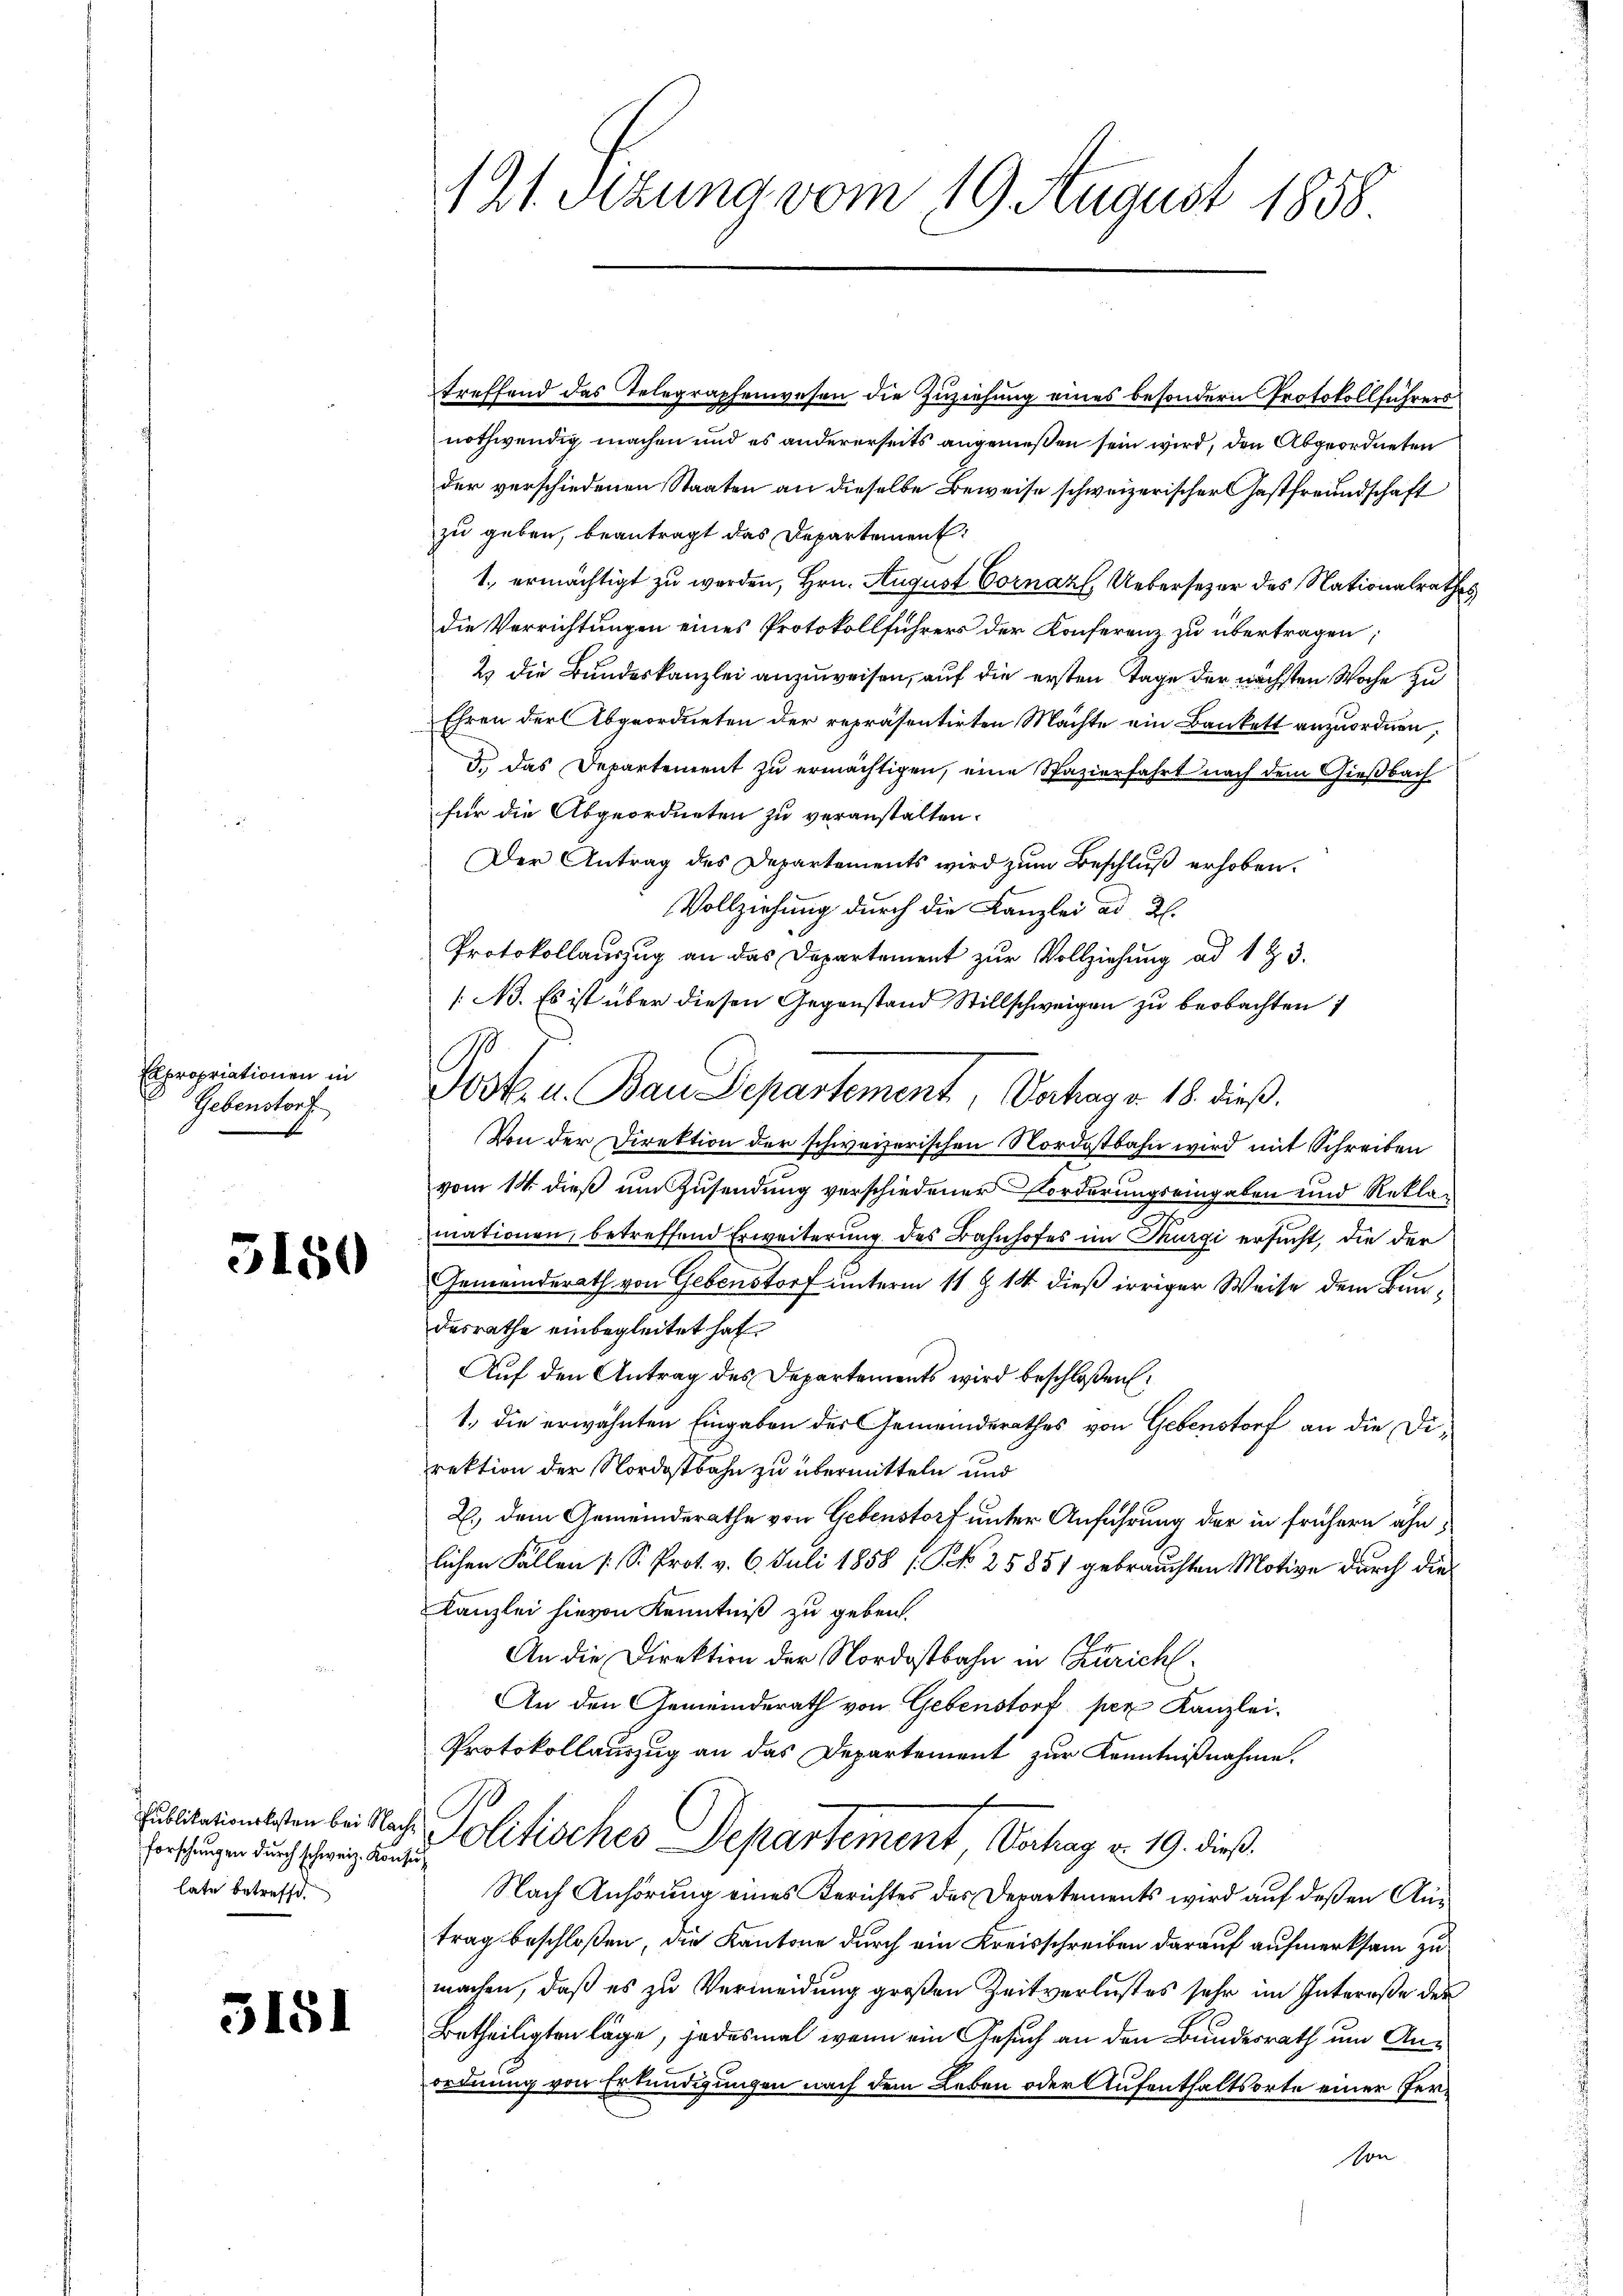
Expropriationen in
Gebenstorf

5150

forschungen durch schweiz. Konsu
late betreffe.

3181

121. Sizung vom 19. August 1858

treffend das Telegraphenwesen die Zuziehung eines besondern Protokollführers
nothwendig machen und es andererseits angemeßen sein wird, den Abgeordneten
der verschiedenen Staaten an dieselbe Beweise schweizerischer Gastfreundschaft
zu geben, beantragt das Departement
1. ermächtigt zu werden, Hrn. August Cornaz, Uebersezer des Nationalrathes
die Verrichtungen eines Protokollführers der Konferenz zu übertragen;
2) die Bundeskanzlei anzuweisen, auf die ersten Tage der nächsten Woche zu
Ehren der Abgeordneten der repräsentirten Machte ein Bankett anzuordnen;
d. Das Departement zu ermächtigen, eine Spazierfahrt nach dem Gießbach
für die Abgeordneten zu veranstalten.
Der Antrag des Departements wird zum Beschluß erhoben.
Vollziehung durch die Kanzlei ad 2.
Protokollauszug an das Departement zur Vollziehung ad 1 & 3.
/A. Es ist über diesen Gegenstand Stillschweigen zu beobachten 1
Jost. u. Bau Departement, Vertrag v. 18. dieß.
Von der Direktion der schweizerischen Nordostbahn wird mit Schreiben
vom 14. dieß um Zusendung verschiedener Forderungseingaben und Reklamationen, betreffend Erweiterung des Bahnhofes im Thurgi ersucht, die der
Gemeinderath von Gebenstorf unterm 11 § 14 dieß irriger Weise dem Bundesrathe einbegleitet hat
Auf den Antrag des Departements wird beschloßen:
1. die erwähnten Eingaben der Gemeinderathes von Gebenstorf an die Direktion der Nordostbahn zu übermitteln und
2.) dem Gemeinderathe von Gebenstorf unter Anführung der in frühern ähnlichen Fällen (S. Prot. v. 6. Juli 1858 / NNo. 25851 gebrauchten Motive durch die¬
Kanzlei hievon Kenntniß zu geben.
An die Direktion der Nordostbahn in Zürich
An den Gemeinderath von Gebenstorf per Kanzlei-
Protokollauszug an das Departement zur Kenntnißnahme.
paterialen bei Nach Politisches Departement Verhag v. 19. dieß.
Nach Anhörung eines Berichtes des Departements wird auf deßen Antrag beschloßen, die Kantone durch ein Kreisschreiben darauf aufmerksam zu
machen, daß es zu Vermeidung großen Zeitverlustes sehr im Intereße der
Betheiligten läge, jedesmal wenn ein Gesuch an den Bundesrath um Anordnung von Erkundigungen nach dem Leben oder Aufenthaltsorte einer Person

.